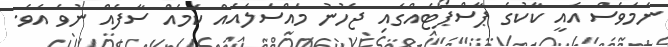
ނަމަވެސް އެއީ ކާކުގެ ޕާސްޕޯޓެއްގައި ޖެހުނު މައްސަލައެއް ކަމެއް ސާފެއް ނުވެ އެވެ.